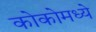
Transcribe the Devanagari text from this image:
कोकोमध्ये